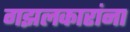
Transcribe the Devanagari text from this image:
गझलकारांना